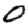
Digit: 0